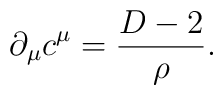
\partial_\mu c^\mu=\frac{D-2}{\rho}.